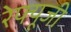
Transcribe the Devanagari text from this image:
रेफ्यूजी